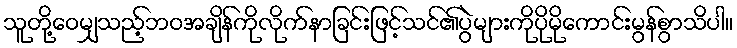
သူတို့ဝေမျှသည့်ဘဝအချိန်ကိုလိုက်နာခြင်းဖြင့်သင်၏ပွဲများကိုပိုမိုကောင်းမွန်စွာသိပါ။